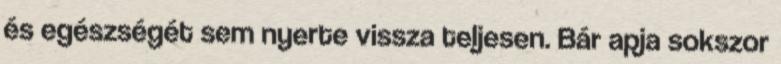
és egészségét sem nyerte vissza teljesen. Bár apja sokszor